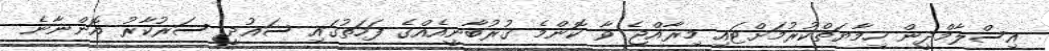
އިސްލާމްދީން ހިމާޔަތްކުުރުމަށްޓައި މިރާއްޖެ ވާ ކޮންމެ ގުރުބާނީއެއްގެ ފަހަތުގައި ސައުދީ ސަރުކާރު އޮންނާނެ